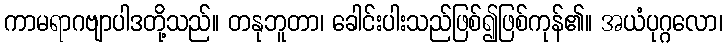
ကာမရာဂဗျာပါဒတို့သည်။ တနုဘူတာ၊ ခေါင်းပါးသည်ဖြစ်၍ဖြစ်ကုန်၏။ အယံပုဂ္ဂလော၊